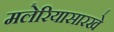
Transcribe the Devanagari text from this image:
मलेरियासारखे